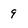
Character: 9